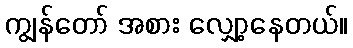
ကျွန်တော် အစား လျှော့နေတယ်။